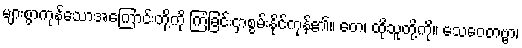
များစွာကုန်သောအကြောင်းတို့ကို ကြံခြင်းငှာစွမ်းနိုင်ကုန်၏။ တေ၊ ထိုသူတို့ကို။ သေဝေတဗ္ဗာ၊